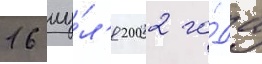
16 иу́л'я 2002 го́да